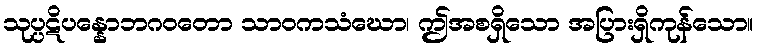
သုပ္ပဋိပန္နောဘဂဝတော သာဝကသံဃော၊ ဤအစရှိသော အပြားရှိကုန်သော။